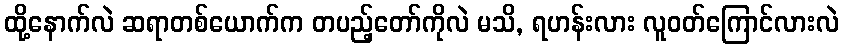
ထို့နောက်လဲ ဆရာတစ်ယောက်က တပည့်တော်ကိုလဲ မသိ, ရဟန်းလား လူဝတ်ကြောင်လားလဲ